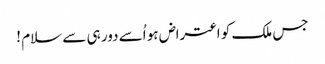
جس ملک کو اعتراض ہو اُسے دور ہی سے سلام !